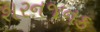
શરનજનક